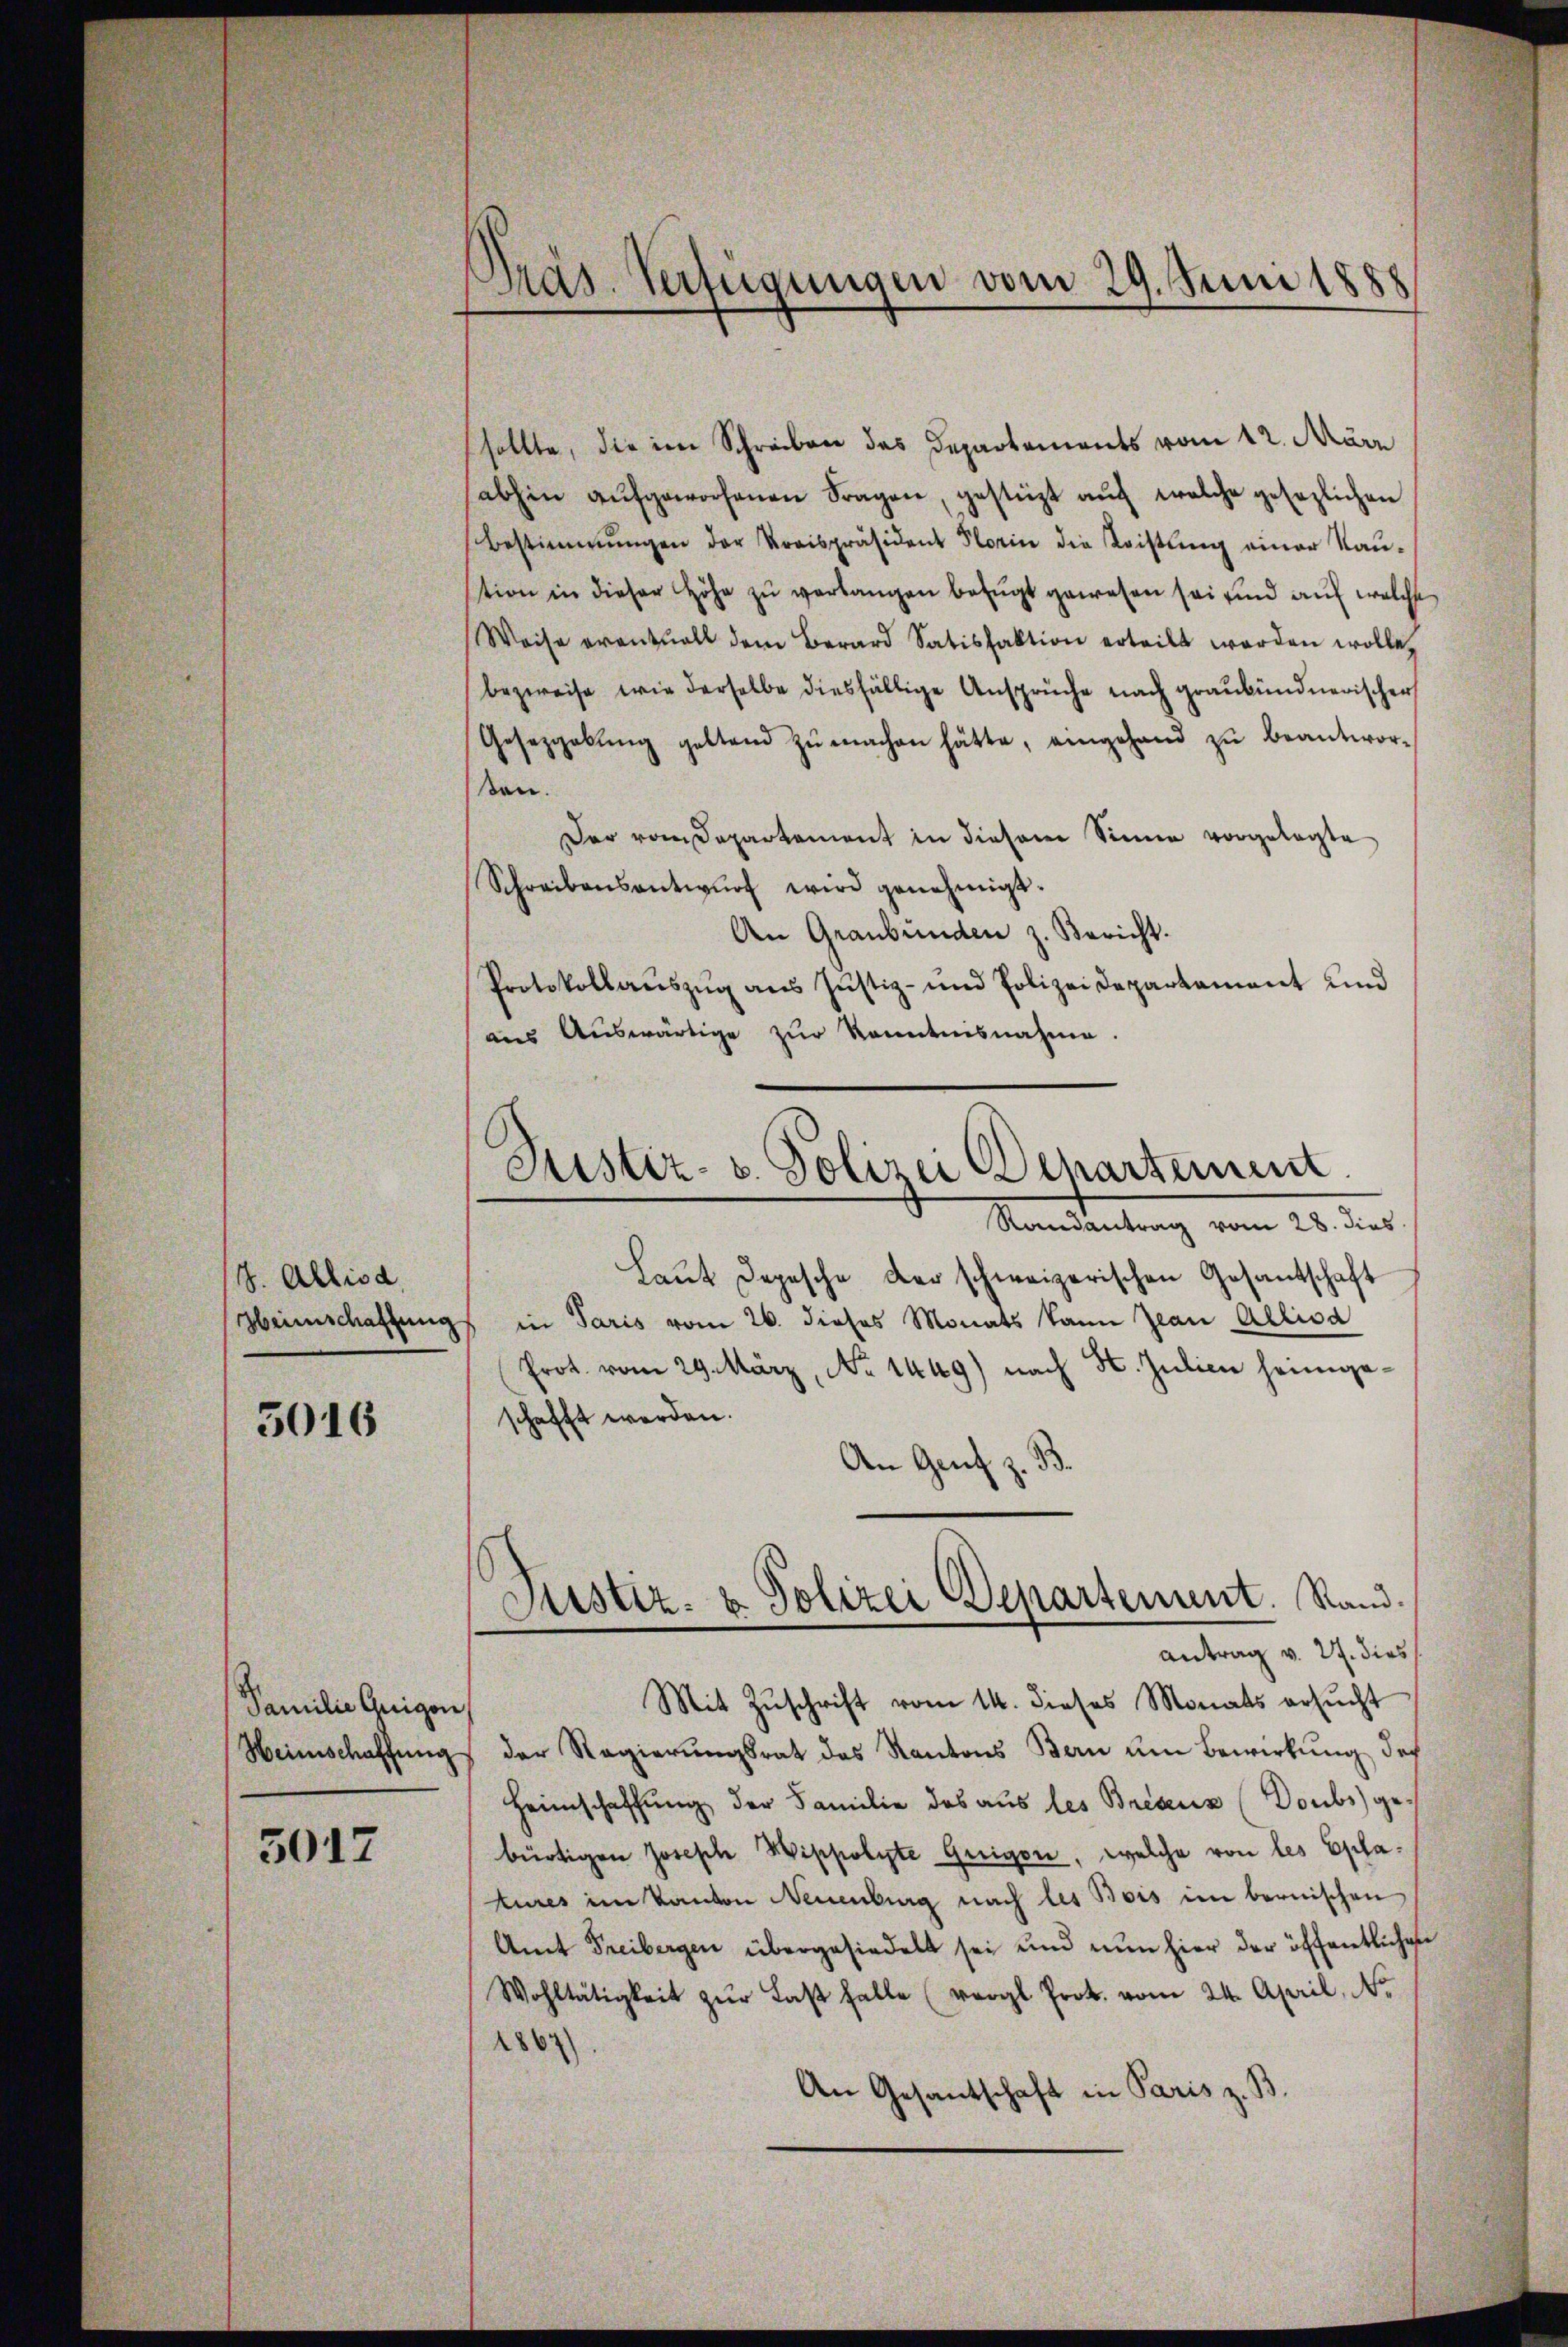
7. Alliod

5016

Familie Guigon

5017

Präs. Verfügungen vom 29. Juni 1888

sollte, die im Schreiben des Departements vom 12. März
abhin aŭfgeworfenen Fragen, gestüzt aŭf welche gesezlichen
Bestimmungen der Kreispräsident Florin die Leistung einer Kau-
stion in dieser Höhe zŭ verlangen befugt gewesen sei und auf welche
Weise eventuell dem Berard Satisfaktion erteilt werden wolle,
bezweife, wie derselbe diesfällige Ansprüche nach graubündnerischer
Gesezgabŭng gelten zŭ machen hätte, eingehand zŭ beantwor-
en.
Der vom Departement in diesem Sinne vorgelegte
Schreibensentwŭrf wird genehmigt.
An Graubünden z. Bericht.
Protokollaŭszŭg ans Justiz- und Polizei Departament und
aus Auswärtige zŭr Kenntnisnahme.
Laut Depesche der schweizerischen Gesantschaft
Heimschaftungs in Paris vom 26. dieses Monats kann Jean Allisd
Prot. vom 29. März, No 1449) nach St. Julien heimgeschafft werden.
d
An Genf z.
Justiz- & Polizei Departement. Stand.
Antrag v. 27. dies
Mit Zuschrift vom 14. dieses Monats ersŭcht
Heimschaffŭng der Regierŭngsrat des Kantons Bern um Bewirkung doch
Heimschaffung der Familie das aus les Bresens (Doubs) gebürtigen Joseph Wippolyte Geigen, welche von les Eplatures im Kanton Neuenburg nach les Bois im bernischen
Amt Freibergen übergesiedelt sei und nun hier der öffentlichen
Wohltätigkeit zŭr Last halte (vergl. Prot. vom 24. April, N.
1864
.
An Gesantschaft in Paris z. B.

Justiz- u. Polizei Departement
Randantrag vom 28. dies